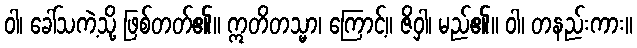
ဝါ၊ ခေါ်သကဲ့သို့ ဖြစ်တတ်၏။ ဣတိတသ္မာ၊ ကြောင့်။ ဇိဝှါ၊ မည်၏။ ဝါ၊ တနည်းကား။